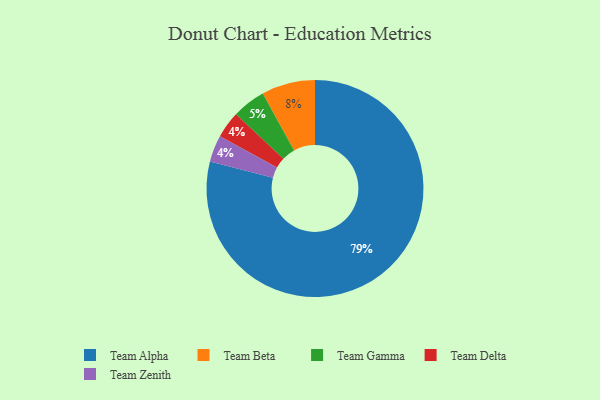
{"axis": {"x": "Category", "y": "Percentage"}, "legend": ["Team Alpha", "Team Beta", "Team Delta", "Team Gamma", "Team Zenith"], "data": [{"x": "Team Delta", "y": 4, "type": "Team Delta"}, {"x": "Team Beta", "y": 8, "type": "Team Beta"}, {"x": "Team Zenith", "y": 4, "type": "Team Zenith"}, {"x": "Team Gamma", "y": 5, "type": "Team Gamma"}, {"x": "Team Alpha", "y": 79, "type": "Team Alpha"}]}